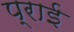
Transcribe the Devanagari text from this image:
प्राई